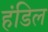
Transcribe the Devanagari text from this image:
हंडिल